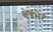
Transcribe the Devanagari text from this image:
क्षेत्रभेट